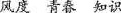
风度 青春 知识